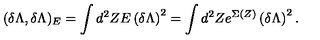
( \delta \Lambda , \delta \Lambda ) _ { E } = \int d ^ { 2 } Z E \left( \delta \Lambda \right) ^ { 2 } = \int d ^ { 2 } Z e ^ { \Sigma ( Z ) } \left( \delta \Lambda \right) ^ { 2 } .